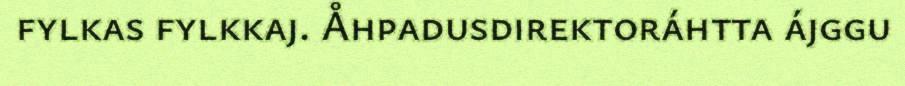
fylkas fylkkaj. Åhpadusdirektoráhtta ájggu